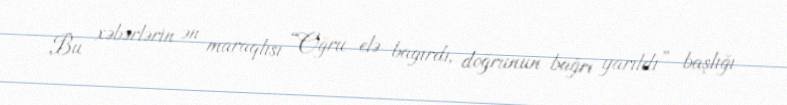
Bu xəbərlərin ən maraqlısı “Oğru elə bağırdı, doğrunun bağrı yarıldı” başlığı